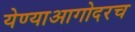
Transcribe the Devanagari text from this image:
येण्याआगोदरच